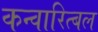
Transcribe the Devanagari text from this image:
कन्वारित्बल